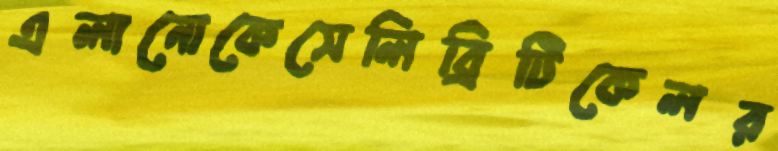
এলানোকেসেলিব্রিটিকেলর